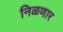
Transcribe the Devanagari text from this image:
निळणार